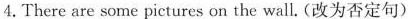
4.There are some pictures on the wall. (改为否定句)